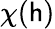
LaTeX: \chi(\mathsf{h})